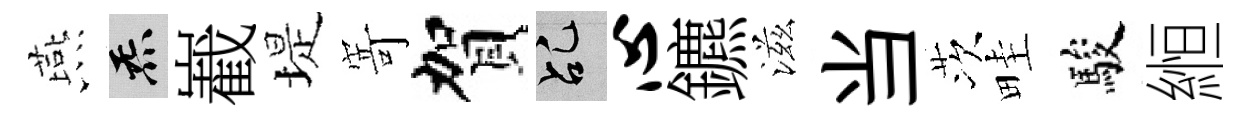
燕炁嶻堤𭔃賀乩心鑣滋当茨畦駿縆